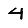
Digit: 4